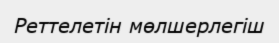
Реттелетін мөлшерлегіш